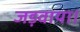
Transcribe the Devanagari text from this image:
जड़वाया।